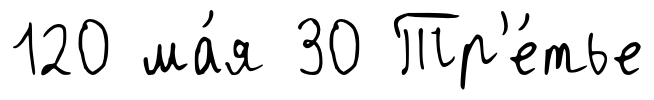
120 ма́я 30 Тр'е́тье